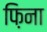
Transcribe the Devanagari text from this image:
फ़िना